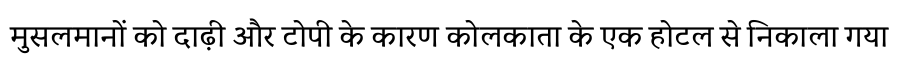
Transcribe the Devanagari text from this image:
मुसलमानों को दाढ़ी और टोपी के कारण कोलकाता के एक होटल से निकाला गया